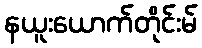
နယူးယောက်တိုင်းမ်